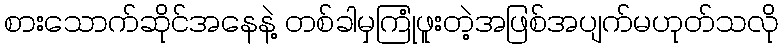
စားသောက်ဆိုင်အနေနဲ့ တစ်ခါမှကြုံဖူးတဲ့အဖြစ်အပျက်မဟုတ်သလို